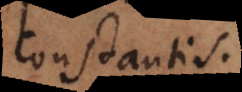
constantis.